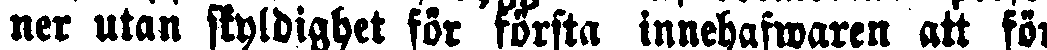
ner utan skyldighet för första innehafwaren att för